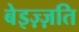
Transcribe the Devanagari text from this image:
बेइज़्ज़ति